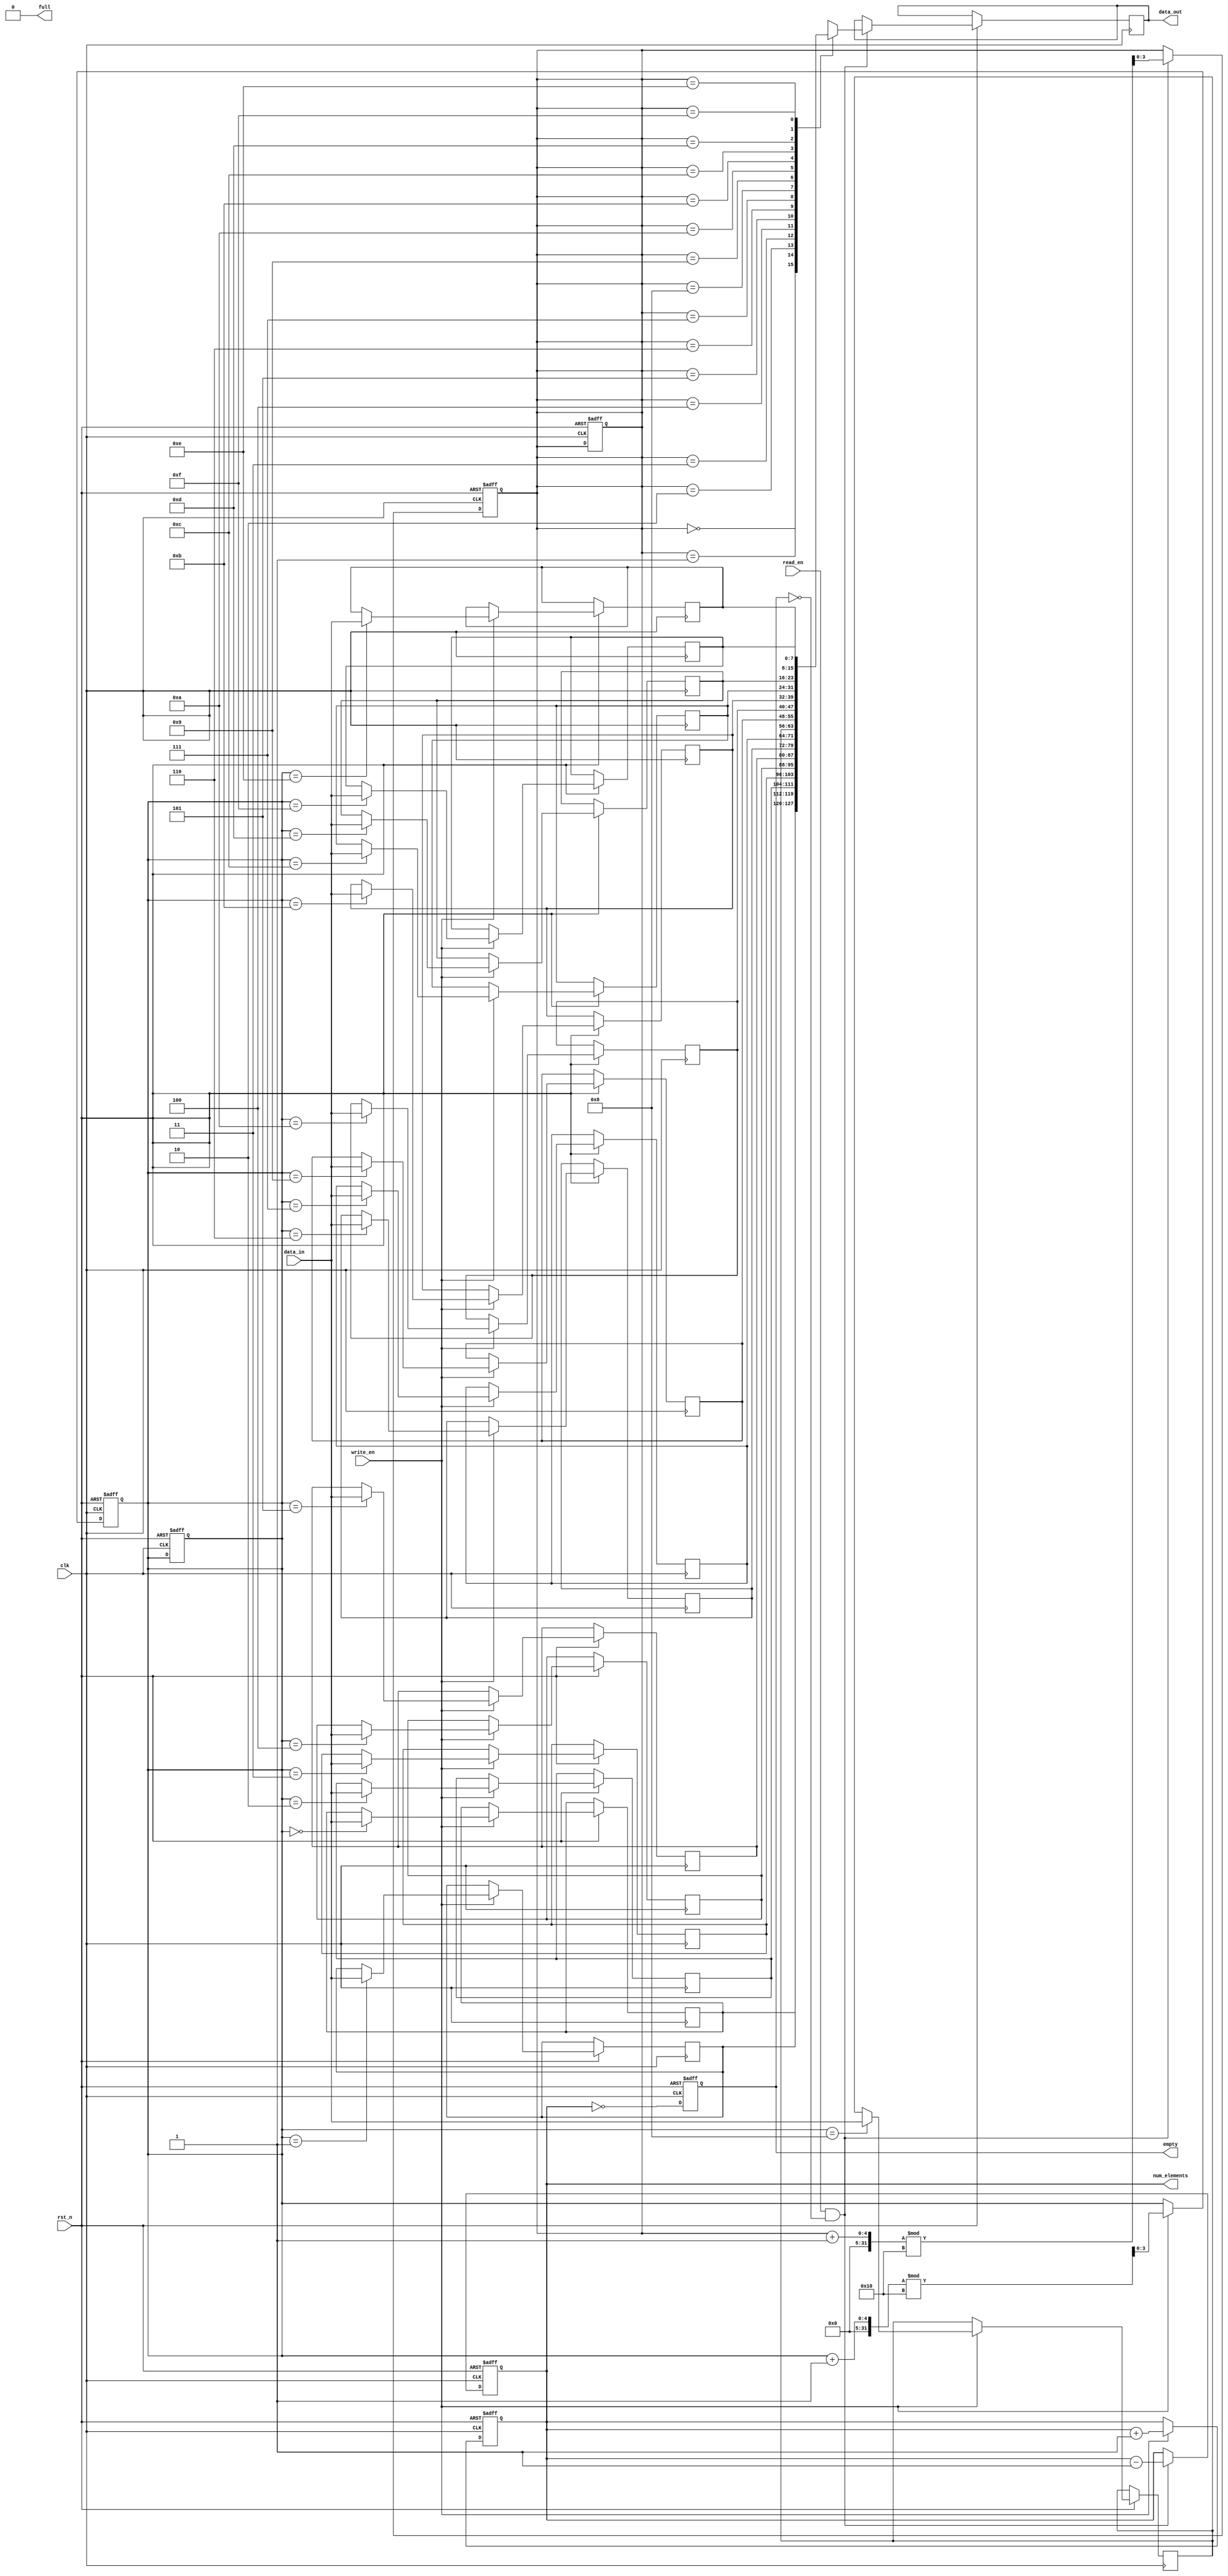
module parameterized_fifo #(
    parameter DATA_WIDTH = 8,          // Width of each data element in bits
    parameter FIFO_DEPTH = 16           // Number of entries in the FIFO
) (
    input wire clk,                     // Clock signal
    input wire rst_n,                   // Active low reset
    input wire write_en,                // Write enable
    input wire read_en,                 // Read enable
    input wire [DATA_WIDTH-1:0] data_in,// Input data
    output reg [DATA_WIDTH-1:0] data_out,// Output data
    output reg full,                    // FIFO full flag
    output reg empty,                   // FIFO empty flag
    output reg [$clog2(FIFO_DEPTH)-1:0] num_elements // Number of elements in the FIFO
);

    // Internal memory array
    reg [DATA_WIDTH-1:0] fifo_mem [0:FIFO_DEPTH-1];
    
    // Write and read pointers
    reg [$clog2(FIFO_DEPTH)-1:0] write_ptr;
    reg [$clog2(FIFO_DEPTH)-1:0] read_ptr;

    // FIFO status
    initial begin
        write_ptr = 0;
        read_ptr = 0;
        full = 0;
        empty = 1;
        num_elements = 0;
    end

    // Write operation
    always @(posedge clk or negedge rst_n) begin
        if (!rst_n) begin
            write_ptr <= 0;
            read_ptr <= 0;
            full <= 0;
            empty <= 1;
            num_elements <= 0;
        end else begin
            if (write_en && !full) begin
                fifo_mem[write_ptr] <= data_in;
                write_ptr <= (write_ptr + 1) % FIFO_DEPTH;
                num_elements <= num_elements + 1;
            end
            
            // Update full and empty flags
            full <= (num_elements == FIFO_DEPTH);
            empty <= (num_elements == 0);
        end
    end

    // Read operation
    always @(posedge clk or negedge rst_n) begin
        if (!rst_n) begin
            write_ptr <= 0;
            read_ptr <= 0;
            full <= 0;
            empty <= 1;
            num_elements <= 0;
        end else begin
            if (read_en && !empty) begin
                data_out <= fifo_mem[read_ptr];
                read_ptr <= (read_ptr + 1) % FIFO_DEPTH;
                num_elements <= num_elements - 1;
            end
            
            // Update full and empty flags
            full <= (num_elements == FIFO_DEPTH);
            empty <= (num_elements == 0);
        end
    end

endmodule